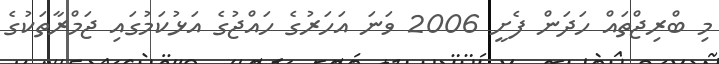
މި ބްރިޖްތައް ހަދަން ފެށީ 2006 ވަނަ އަހަރުގެ ހައްޖުގެ އަޅުކަމުގައި ޖަމްރާތަކުގެ